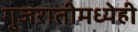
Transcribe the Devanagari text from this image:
गुजरातीमध्येही